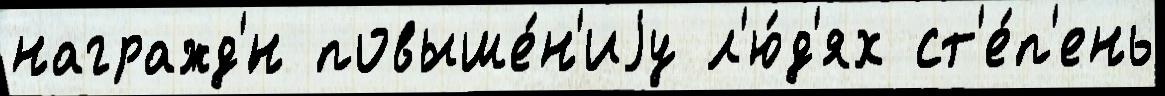
награжд'́н повыше́н'иjу л'ю́д'ях ст'е́п'ень